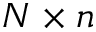
N \times n